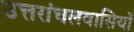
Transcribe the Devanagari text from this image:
उत्तरांचलवासियों